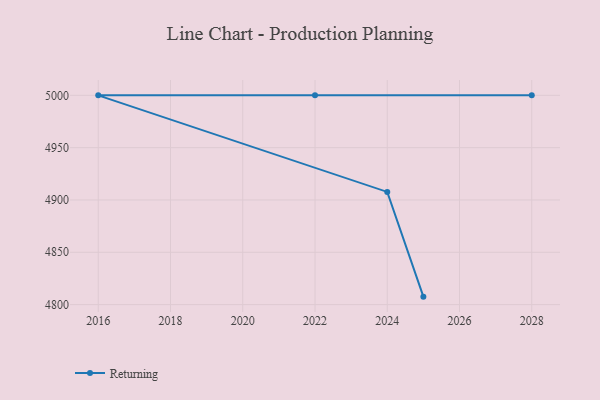
{"axis": {"x": "Year", "y": "Production Output"}, "legend": ["Returning"], "data": [{"x": "2025", "y": 4807.6, "type": "Returning"}, {"x": "2024", "y": 4907.7, "type": "Returning"}, {"x": "2016", "y": 5000, "type": "Returning"}, {"x": "2028", "y": 5000, "type": "Returning"}, {"x": "2022", "y": 5000, "type": "Returning"}]}